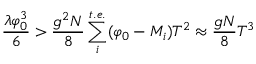
\frac { \lambda \varphi _ { 0 } ^ { 3 } } { 6 } > \frac { g ^ { 2 } N } { 8 } \sum _ { i } ^ { t . e . } ( \varphi _ { 0 } - M _ { i } ) T ^ { 2 } \approx \frac { g N } { 8 } T ^ { 3 }